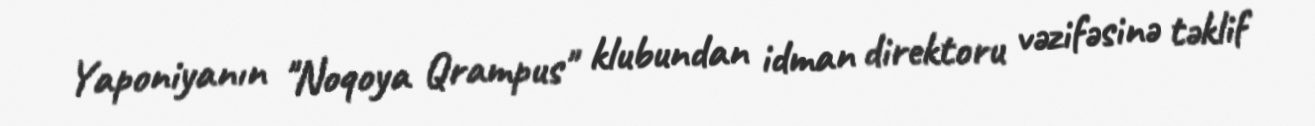
Yaponiyanın "Noqoya Qrampus" klubundan idman direktoru vəzifəsinə təklif